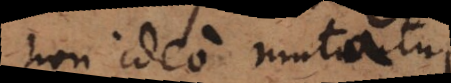
non ideo mutatur